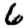
Digit: 6